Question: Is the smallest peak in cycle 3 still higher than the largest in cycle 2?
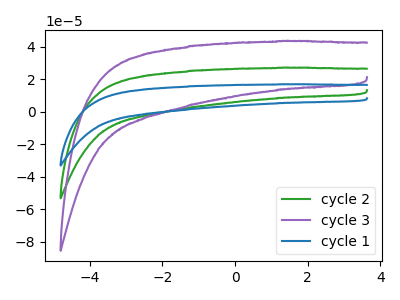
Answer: <think>The green curve "cycle 2" has no peaks. The purple curve "cycle 3" has no peaks. The blue curve "cycle 1" has no peaks.</think>
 <answer>Niether CV has any peaks.</answer>
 <eval>blanks</eval>